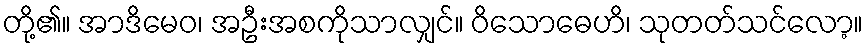
တို့၏။ အာဒိမေဝ၊ အဦးအစကိုသာလျှင်။ ဝိသောဓေဟိ၊ သုတတ်သင်လော့။